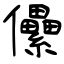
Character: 儽